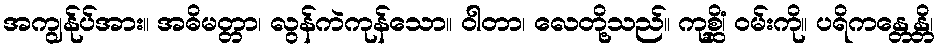
အကျွန်ုပ်အား။ အဓိမတ္တာ၊ လွန်ကဲကုန်သော။ ဝါတာ၊ လေတို့သည်။ ကုစ္ဆိံ၊ ဝမ်းကို။ ပရိကန္တေန္တိ၊